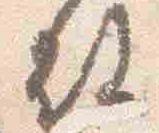
故